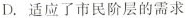
D.适应了市民阶层的需求